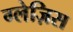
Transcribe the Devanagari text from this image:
ग्लेज़िस